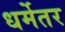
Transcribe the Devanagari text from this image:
धर्मेतर